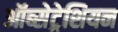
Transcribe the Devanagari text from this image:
ऑब्सेट्रेशियन